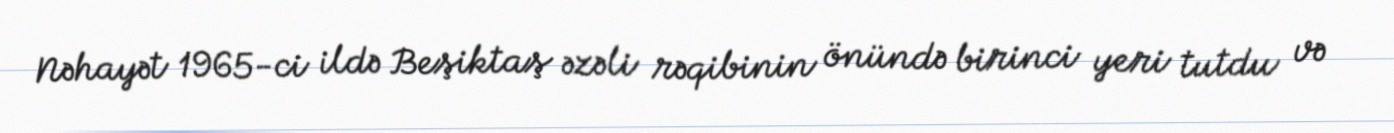
Nəhayət 1965-ci ildə Beşiktaş əzəli rəqibinin önündə birinci yeri tutdu və